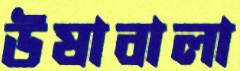
উষাবালা